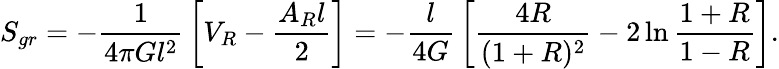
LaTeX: S_{gr}=-{\frac{1}{4\pi Gl^{2}}}\left[V_{R}-{\frac{A_{R}l}{2}}\right]=-{\frac{l}{4G}}\left[{\frac{4R}{(1+R)^{2}}}-2\ln{{\frac{1+R}{1-R}}}\right].